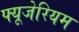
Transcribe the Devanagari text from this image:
फ्यूजेरियम